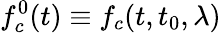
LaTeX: f_{c}^{0}(t)\equiv f_{c}(t,t_{0},\lambda)